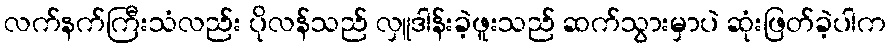
လက်နက်ကြီးသံလည်း ပိုလန်သည် လှူဒါန်းခဲ့ဖူးသည် ဆက်သွားမှာပဲ ဆုံးဖြတ်ခဲ့ပါက